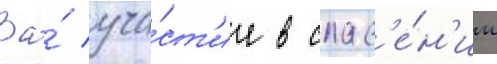
За́ уча́ст'ие в спас'е́н'ии